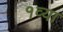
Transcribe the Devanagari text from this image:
१व्या